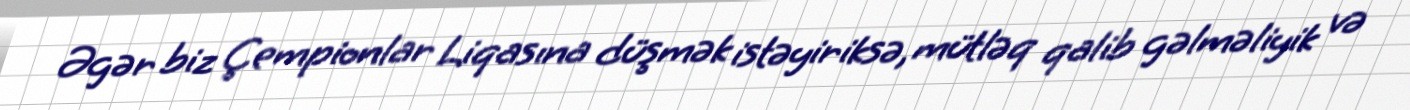
Əgər biz Çempionlar Liqasına düşmək istəyiriksə, mütləq qalib gəlməliyik və